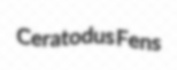
Ceratodus Fens